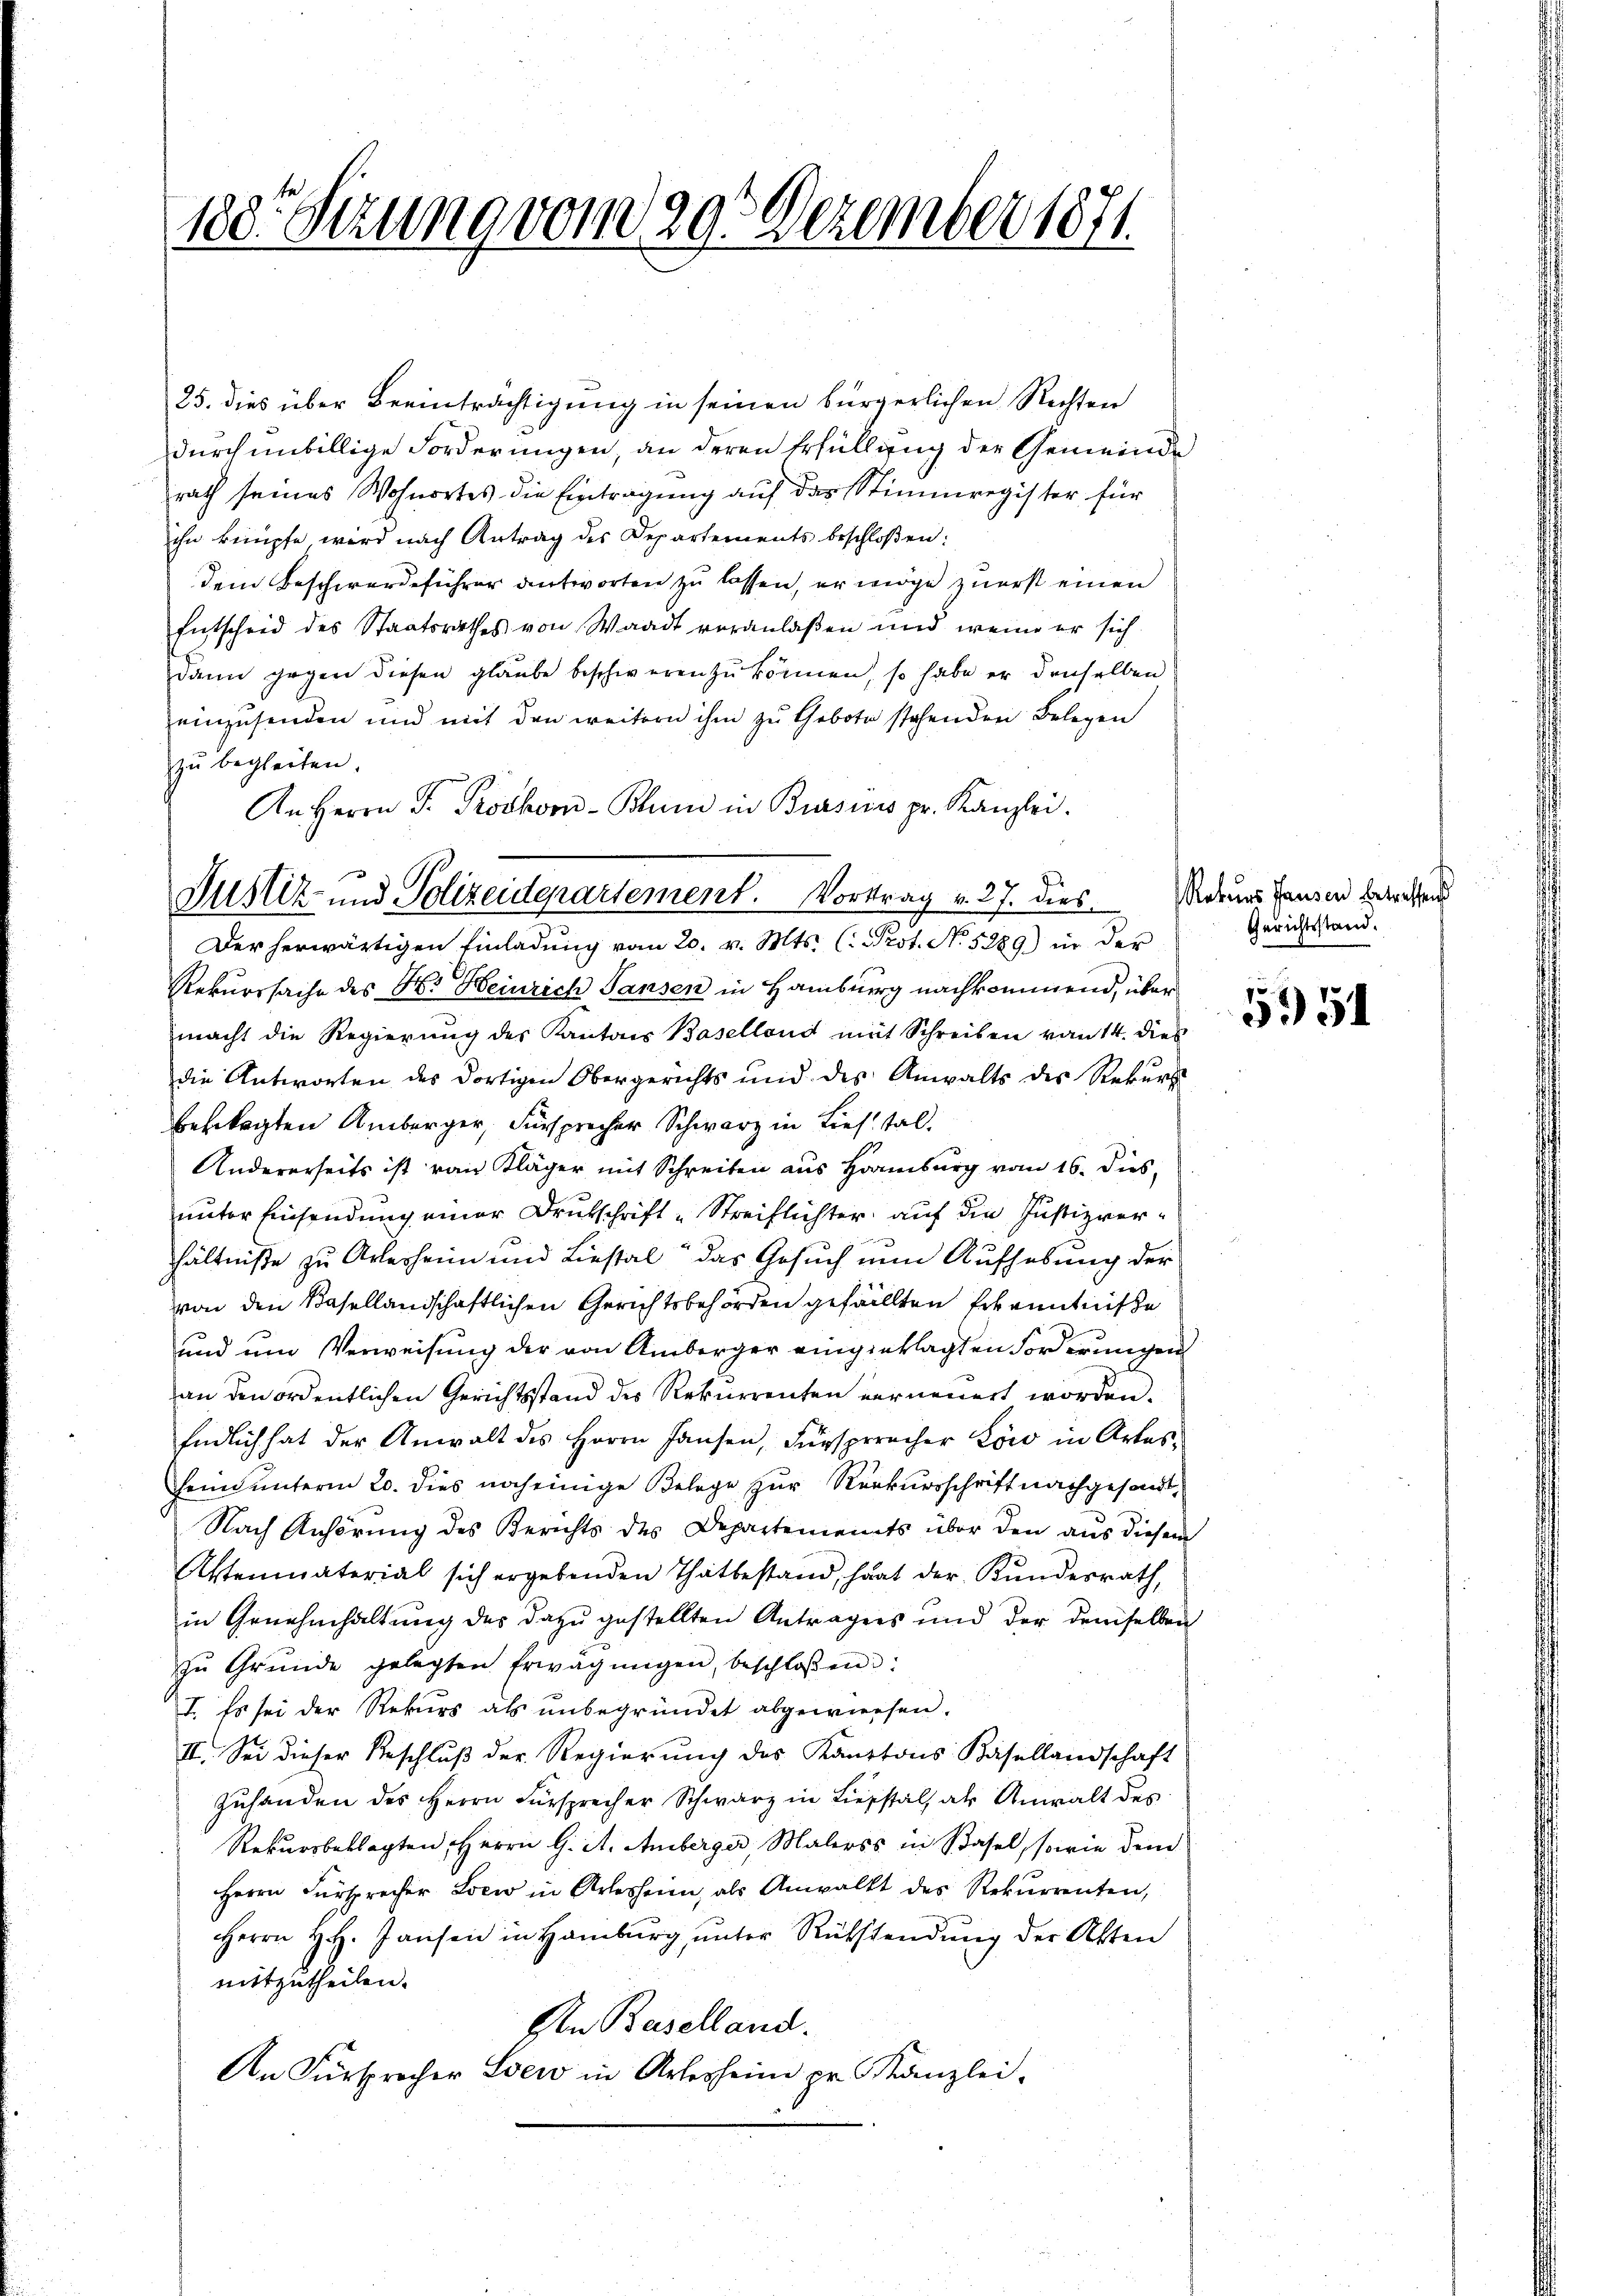
188. Sekung vom 29. Dezember 1871

25. dies über Beeinträchtigung in seinen bürgerlichen Rechten
durch unbillige Forderungen, an deren Erfüllung der Gemeinde
rath seines Wohnortes die Eintragung auf das Stimmregister für
ihn knüpfe, wird nach Antrag des Departements beschloßen:
dem Beschwerdeführer antworten zu lassen, er möge zuerst einen
Entscheid des Staatsrathes von Waadt veranlaßen und wenn er sich
dann gegen diesen glaube beschweren zu können, so habe er denselben
einzusenden und mit den weitern ihm zu Gebote stehenden Belegen
zŭ begleiten.
An Herrn P. Proskor-Blum in Bursuis pr. Kanzlei.

Justiz- und Polizeidepartement. Vortrag v. 27. dies. Warnes Tausen betreten
Der herwärtigen Einladung vom 20. v. Mts. (: Prot. No. 5289) in der

Rekurssache des Hs. Heinrich Sansen in Hamburg nachkommend, über
macht die Regierŭng des Kantons Baselland mit Schreiben von 14. dies
die Antworten des dortigen Obergerichts und des Anwalts des Rekurs
beklagten Amberger, Fürsprecher Schwarz in Liestal¬
Andererseits ist von Kläger mit Schreiben aus Hamburg vom 16. Jus
unter Einsendung einer Deutschrift-Streiflichter auf die Justizverhältniße zu Arlesheim und Liestal das Gesuch nun Aufhebung der
von den Basellandschaftlichen Gerichtsbehörden gefällten Erkenntniße
und um Verweisung der von Amberger eingeklagten Forderungen
an den ordentlichen Gerichtsstand des Rekurrenten verneuert worden.
Endlich hat der Anwalt des Herrn Hausen, Fürspracher Löw in Artes
heim unterm 20. dies noch einige Belege zur Rekursschrift nachgesandt,
Nach Anhörung des Berichts des Departements über den aus diesem
Aktenmaterial sich ergebenden Thatbestand, hat der Kundesrath,
in Genehmhaltung des dazu gestellten Antrages und der demselben
zu Grunde gelegten Erwägŭngen, beschlossen:
I. Es sei der Rekurs als unbegründet abgewiesen.
II. Sei dieser Beschluß der Regierung des Kantons Basellandschaft
zŭhanden des Herrn Fürsprecher Schwarz in Liestal als Anwalt des
Rekursbeklagten Herrn G. A. Amberger, Malers in Basel, sowie dem
Herrn Fürsprecher Loew in Arlesheim, als Anwalkt des Rekurrenten,
Herrn H. Jansen in Hamburg, unter Rücksendung der Akten
mitzutheilen.
Den Baselland.
An Fürsprecher Loew in Arterheim pr. Kanzlei-

Gerichtsstand.

5351